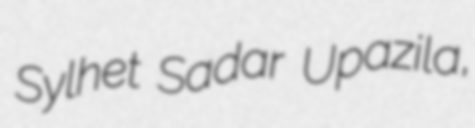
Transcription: Sylhet Sadar Upazila,